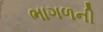
ભાગળની